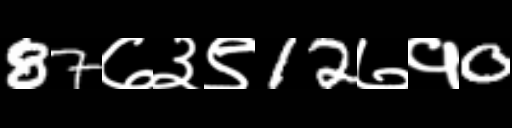
Text: 87७३९12७१0